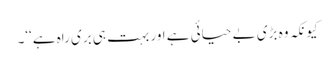
کیونکہ وہ بڑی بے حیائی ہے اور بہت ہی بری راہ ہے‘‘۔